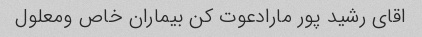
اقای رشید پور مارادعوت کن بیماران خاص ومعلول